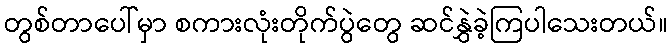
တွစ်တာပေါ်မှာ စကားလုံးတိုက်ပွဲတွေ ဆင်နွှဲခဲ့ကြပါသေးတယ်။